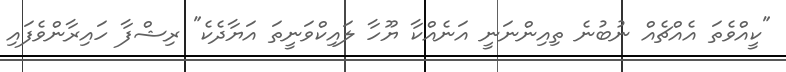
"ކީއްވެތަ އެއްޗެއް ނުބުނެ ތިއިންނަނީ އަނެއްކާ ޔޫހާ ލައިކްވަނީތަ އަޔާދެކެ" ރިޝްފާ ހައިރާންވެފައި